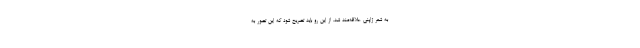
به شعر ژاپنی علاقه‌مند شد. از این رو باید تصریح شود که این تصور به